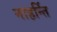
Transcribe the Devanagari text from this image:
नाहर्न्ति